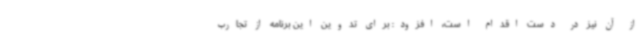
از آن نیز در دست اقدام است، افزود: برای تدوین این برنامه از تجارب